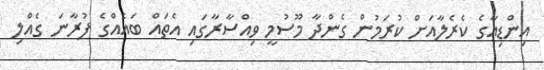
އިންޑިއާގެ ކެރެލާއަށް ކުރަމުން ގެންދާ މޫސުމީ ވިއްސާރާގައި އެތައް ބައެއްގެ ފުރާނަ ގެއްލި